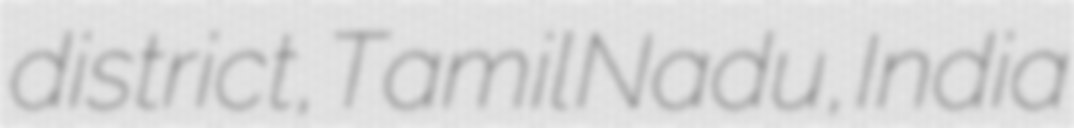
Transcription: district, Tamil Nadu, India